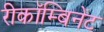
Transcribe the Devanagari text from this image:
रीकॉम्बिनेंट